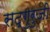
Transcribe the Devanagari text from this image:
सद्गुरुजी